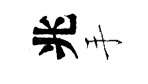
兆手